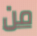
من